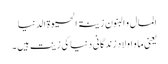
المال و البنون زینۃ الحیوۃ الدنیا
یعنی ما و اولاد زندگانی دنیا کی زینت ہیں ۔